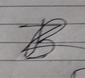
Signature authenticity: forged